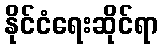
နိုင်ငံရေးဆိုင်ရာ